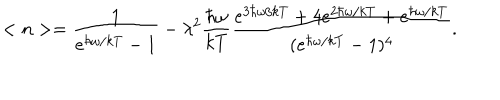
LaTeX: < n > = \frac { 1 } { e ^ { \hbar \omega / k T } - 1 } - \lambda ^ { 2 } \frac { \hbar \omega } { k T } \frac { e ^ { 3 \hbar \omega / k T } + 4 e ^ { 2 \hbar \omega / k T } + e ^ { \hbar \omega / k T } } { ( e ^ { \hbar \omega / k T } - 1 ) ^ { 4 } } .